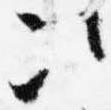
次